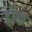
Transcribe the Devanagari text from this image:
हाँसा